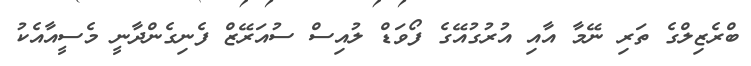
ބްރެޒިލްގެ ތަރި ނޭމާ އާއި އުރުގުއޭގެ ފޯވަޑް ލުއިސް ސުއަރޭޒް ފެނިގެންދާނީ މެސީއާއެކު